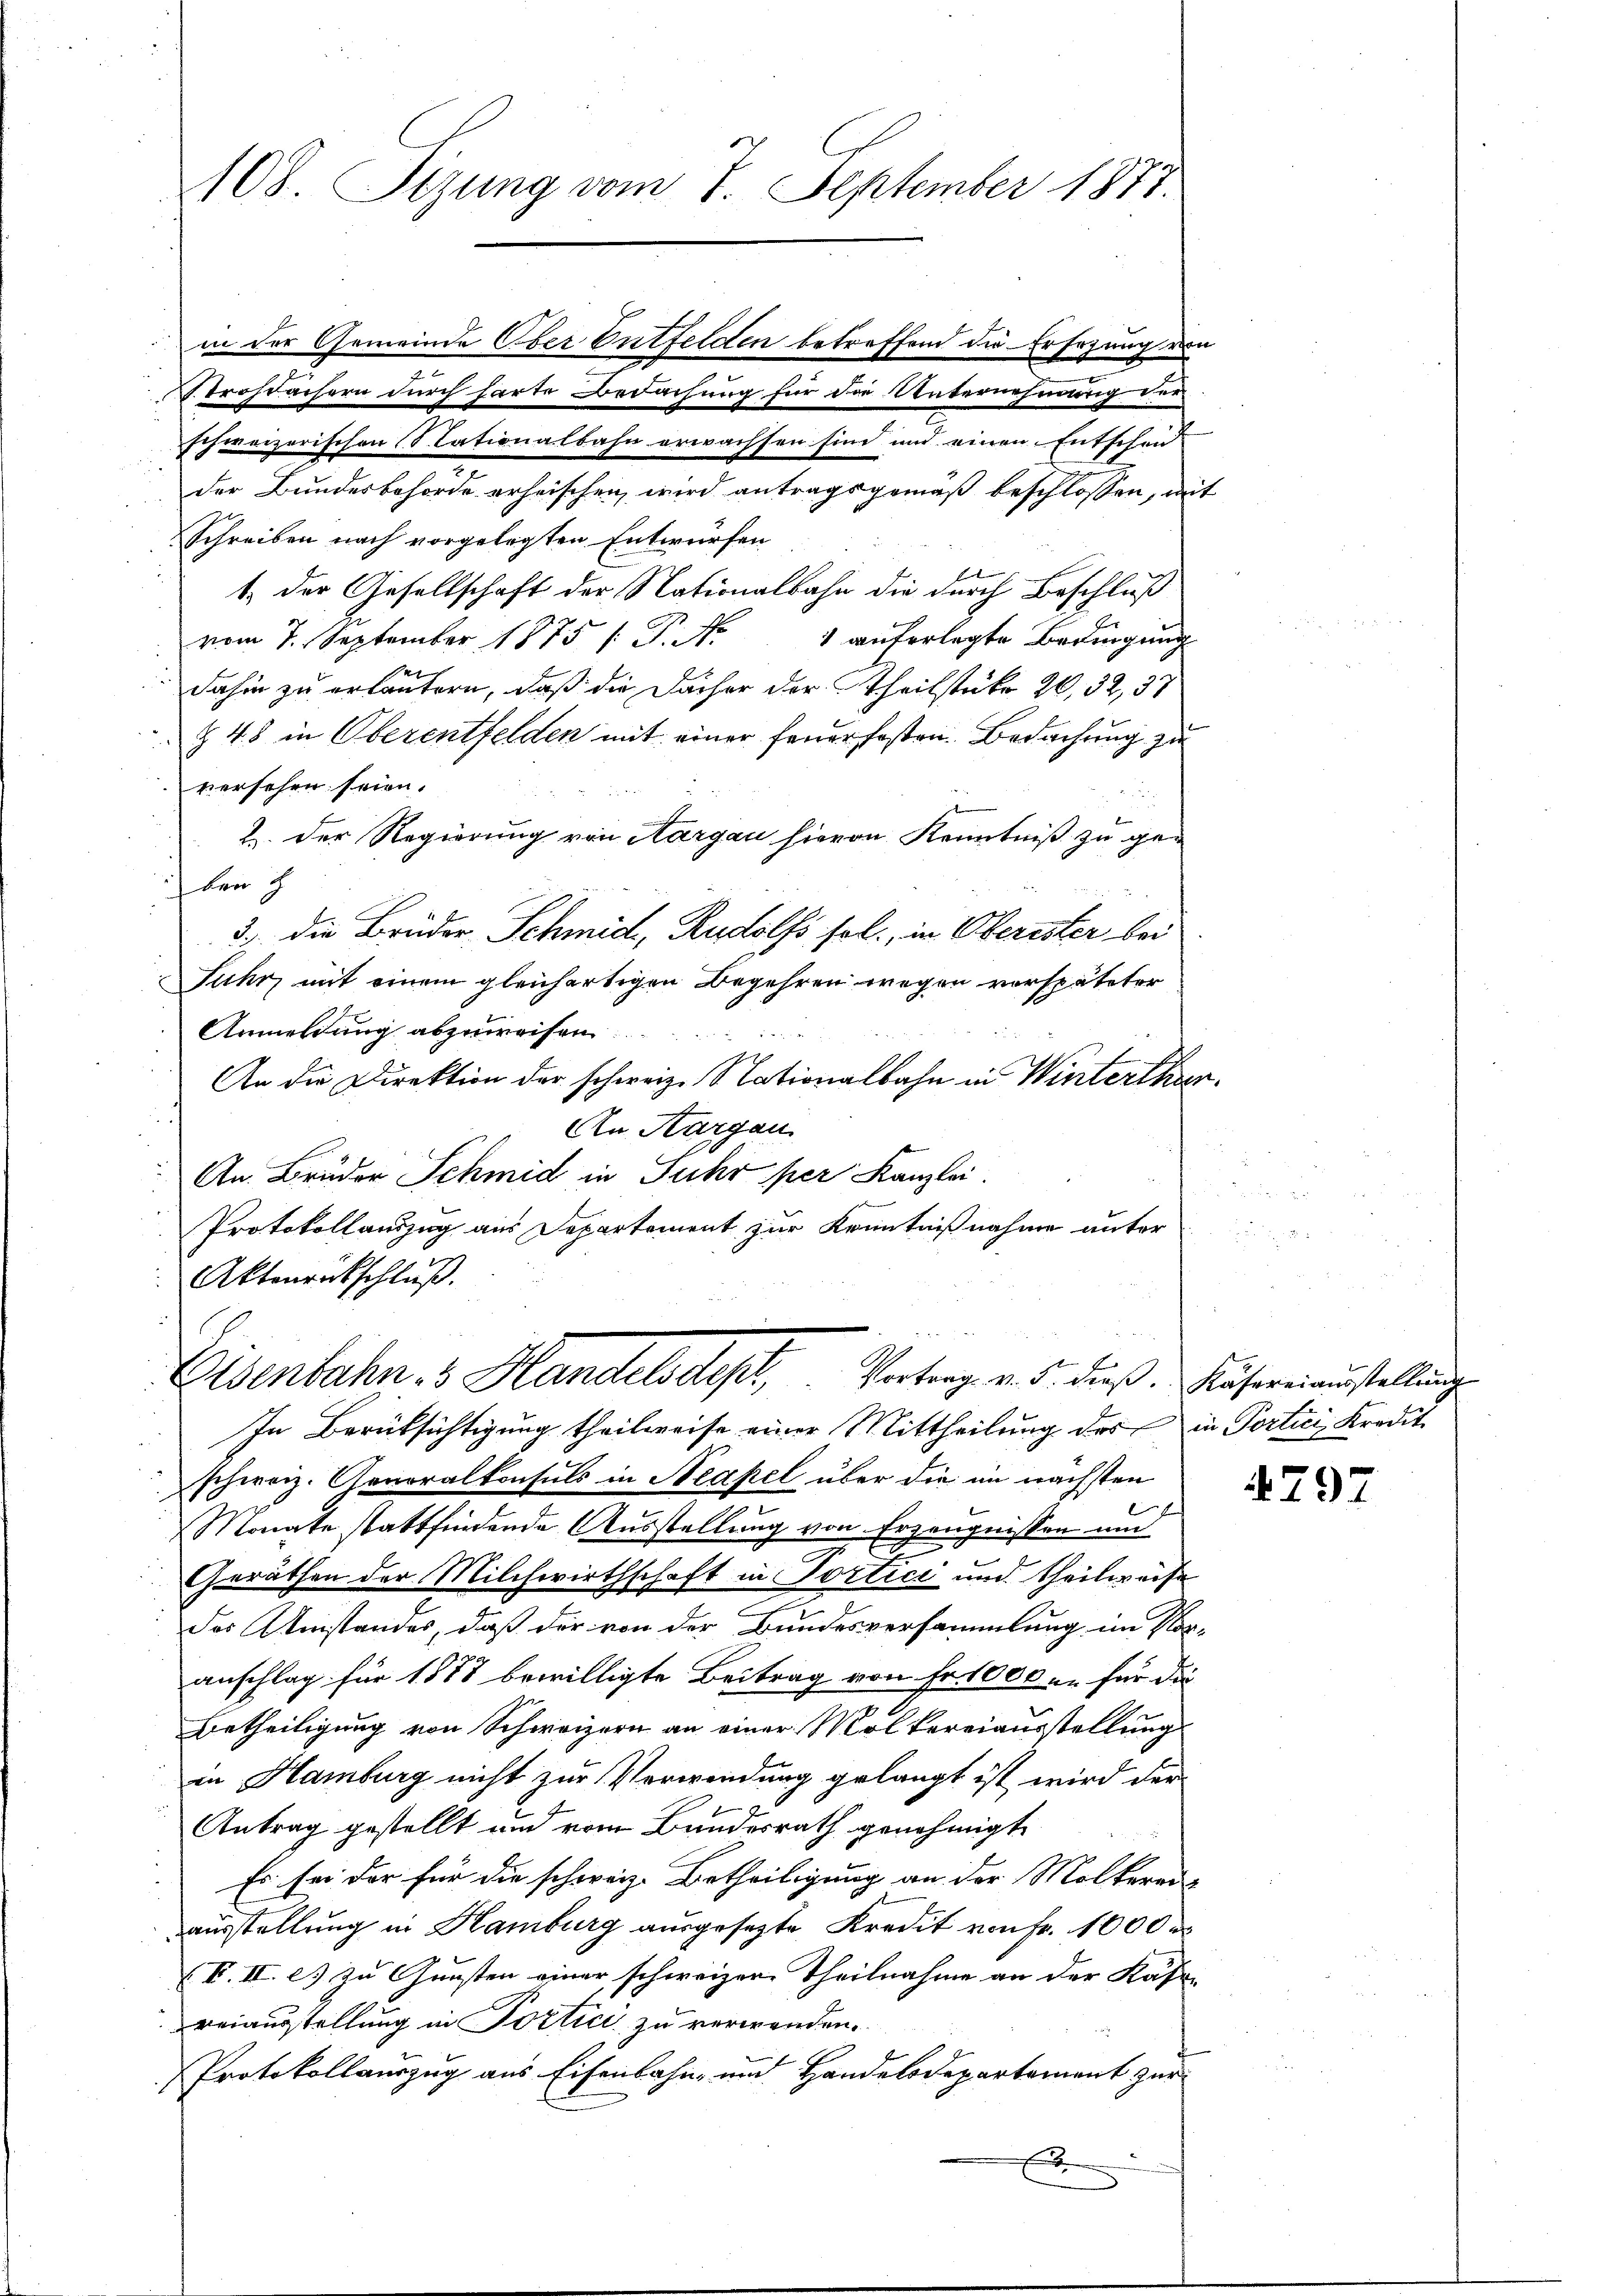
.
schweizerischen Slationalbahn erwachsen sind und einen Entschen
der Bundesbehörde erheischen wird antragsgemäß beschlossen, mit
Schreiben nach vorgelegten Entwürfen
t
1.) Der Gesellschaft der Nationalbahn die durch Beschluß
1 auferlegte Bedingung
vom 7. September 1875 /: P. Nr.
dahin zu erläutern, daß die Dächer der Theilstüke 20, 32, 37
Z 48 in Oberentfelden mit einer feuerfaßten Bedachung zu
versehen seien.
2. Der Regierung von Aargau hievon Kenntniß zu geih den
3.) Die Brüder Schmid, Rudolfs sel., in Oberister bei
Fuhr, mit einem gleichartigen Begehren wegen vorspäteter
Anmeldung abzuweisen
An die Direktion der schweiz. Nationalbahn in Winterthun.
An Aargau
An Brüder Schmid in Suhr per Kanzlei.
Protokollauszug aus Departement zur Kenntnißnahme unter
Aktenrückschluß.

108. Sizung vom 7. September 1877.

in der Gemeinde Ober Entfelden betreffend die Ersezung von
Strohdachern durch harte Bedachung für die Unternehmung der

Eisenbahn- & Handelsdept, Vortrag v. 5. dieß. Häsereinaustellung

In Berücksichtigung theilweise einer Mittheilung des in Portici, Kredit
schweiz. Generalkonsuls in Neapel über die im nächsten
Monate stattfindende Ausstellung von Erzeugnissen und
Geräthen der Milchwirthschaft in Portici und theilweise
des Umstandes, daß der von der Bundesversammlung im Nor-
anschlag für 1887 bewilligte Beitrag von Fr. 1000 u. für die
Betheiligung von Schweizern an einer Molkereiausstellung
in Hamburg nicht zur Verwendung gelangt ist wird der
Antrag gestellt und vom Bundesrath genehmigt.
Es sei der für die schweiz. Betheiligung an der Mölkerei
ausstellung in Hamburg ausgesezte Kredit von Fr. 1000
(F. II. e. zu Gunsten einer schweizer Theilnahme an der Kast-
Beiausstellung in Portici zu verwenden.
Protokollauszug aus Eisenbahn und Handelsdepartement zur
E
¬

4797